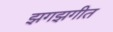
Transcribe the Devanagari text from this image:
झगझगीत